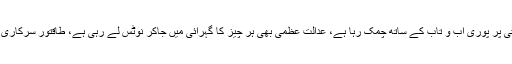
شہبازشریف نے کہا کہ نیب کا سورج پنجاب کی دھرتی پر پوری آب و تاب کے ساتھ چمک رہا ہے، عدالت عظمی بھی ہر چیز کا گہرائی میں جاکر نوٹس لے رہی ہے، طاقتور سرکاری اداروں کی عقابی نظریں صرف پنجاب پر مرکوز ہیں۔